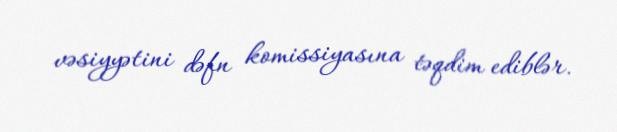
vəsiyyətini dəfn komissiyasına təqdim ediblər.